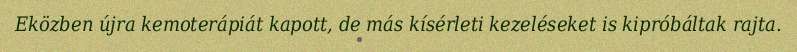
Eközben újra kemoterápiát kapott, de más kísérleti kezeléseket is kipróbáltak rajta.